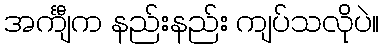
အင်္ကျီက နည်းနည်း ကျပ်သလိုပဲ။